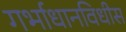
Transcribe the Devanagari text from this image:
गर्भाधानविधीस